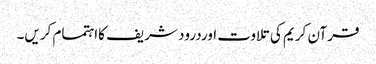
قرآن کریم کی تلاوت اوردرود شریف کااہتمام کریں۔